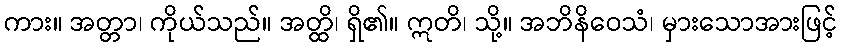
ကား။ အတ္တာ၊ ကိုယ်သည်။ အတ္ထိ၊ ရှိ၏။ ဣတိ၊ သို့။ အဘိနိဝေသံ၊ မှားသောအားဖြင့်